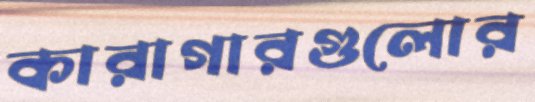
কারাগারগুলোর